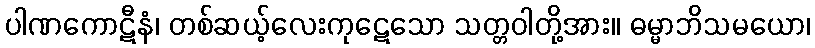
ပါဏကောဋီနံ၊ တစ်ဆယ့်လေးကုဋေသော သတ္တဝါတို့အား။ ဓမ္မာဘိသမယော၊